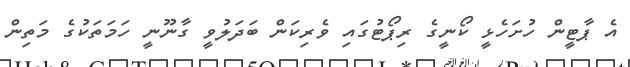
އެ ޕާޓީން ހުށަހެޅީ ކޯނީގެ ރިޕޯޓުގައި ވެރިކަން ބަދަލުވީ ގާނޫނީ ހަމަތަކުގެ މަތިން